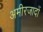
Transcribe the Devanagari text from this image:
अमीरजादों